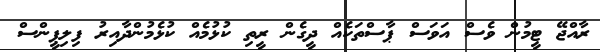
ރާއްޖޭ ޓީމުން ވެސް އަވަސް ޕާސްތަކެއް ދީގެން ރީތި ކުޅުމެއް ކުޅެމުންދާއިރު ފިލިޕީންސް